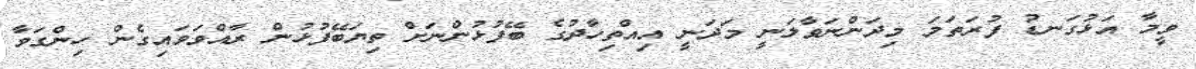
ވީމާ އަޅުގަނޑު ފުރަތަމަ މިދަންނަވާލަނީ މަދަނީ އިއްތިހާދުގެ ބޭފުޅުންނަށް ތިޔަބޭފުޅުން ރާއްވަވައިގެން ހިންގަވާ